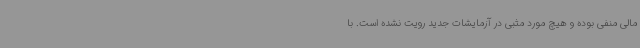
مالی منفی بوده و هیچ مورد مثبی در آزمایشات جدید رویت نشده است. با